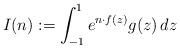
LaTeX: \begin{align*} I(n):= \int_{-1}^{1} e^{n \cdot f(z)} g(z) \, dz\end{align*}